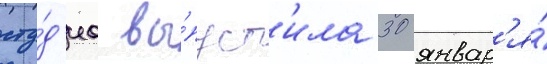
сту́д'иа вы́пуст'ила 30 январ'я́